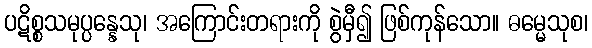
ပဋိစ္စသမုပ္ပန္နေသု၊ အကြောင်းတရားကို စွဲမှီ၍ ဖြစ်ကုန်သော။ ဓမ္မေသုစ၊